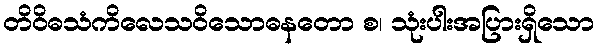
တိဝိဓသံကိလေသဝိသောဓနတော စ၊ သုံးပါးအပြားရှိသော